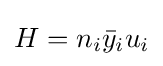
H=n_{i}{\bar {y}}_{i}u_{i}